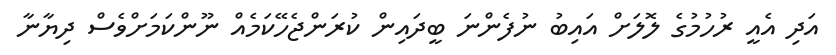
އަދި އެއީ ރުހުމުގެ ލޮލަށް އައިބު ނުފެންނަ ބީދައިން ކުރަންޖެހޭކަމެއް ނޫންކަމަށްވެސް ދިޔާނާ